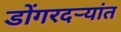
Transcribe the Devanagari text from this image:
डोंगरदर्‍यांत